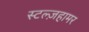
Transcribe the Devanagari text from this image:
स्टल्ज़हामर